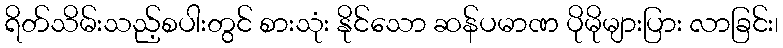
ရိတ်သိမ်းသည့်စပါးတွင် စားသုံး နိုင်သော ဆန်ပမာဏ ပိုမိုများပြား လာခြင်း၊